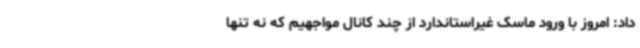
داد: امروز با ورود ماسک غیراستاندارد از چند کانال مواجهیم که نه تنها